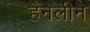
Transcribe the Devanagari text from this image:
हेनलीने